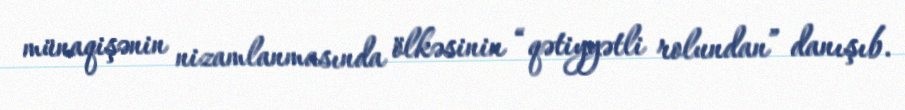
münaqişənin nizamlanmasında ölkəsinin “qətiyyətli rolundan” danışıb.